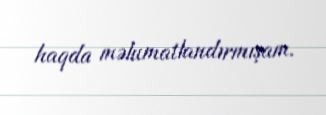
haqda məlumatlandırmışam.